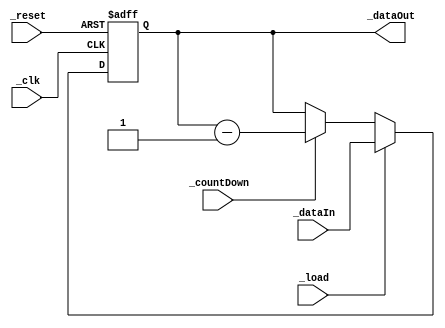
`timescale 1ns / 1ps
//////////////////////////////////////////////////////////////////////////////////
// Company: 
// 
// Design Name: 
// Module Name: LoadAndCountDownRegister_nBit
// Project Name: 
// Target Devices: 
// Tool Versions: 
// Description: 
// 
// Dependencies: 
// 
// Revision:
// Revision 0.01 - File Created
// Additional Comments:
// 
//////////////////////////////////////////////////////////////////////////////////


module LoadAndCountDownRegister_nBit(
//define inputs    
input _clk, _reset, _load, _countDown,
input [7:0] _dataIn,

//define outputs
output [7:0] _dataOut
    );
    

//define data registes
reg [7:0] _dataHoldReg;

always@(posedge _clk, posedge _reset)
begin
    if(_reset)
    begin
        _dataHoldReg <= 8'd0;
    end
    else
    begin
        if(_load)
        begin
            _dataHoldReg <= _dataIn;
        end
        else if(_countDown)
        begin
            _dataHoldReg <= _dataHoldReg - 1'b1;
        end
        else
        begin
            _dataHoldReg <= _dataHoldReg;
        end
    end
end


assign _dataOut = _dataHoldReg;
    
endmodule